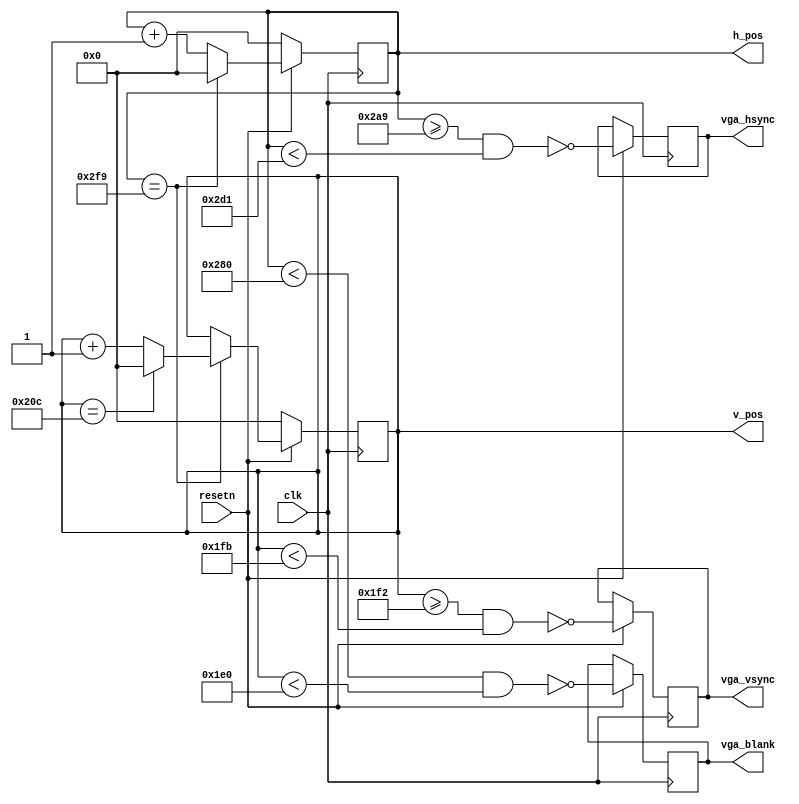
module vga_video (input clk,
              input resetn,
              output reg vga_hsync,
              output reg vga_vsync,
              output reg vga_blank,
              output reg [9:0] h_pos,
              output reg [9:0] v_pos
);
              
            
parameter h_visible = 10'd640;
parameter h_front = 10'd41;
parameter h_sync = 10'd40;
parameter h_back = 10'd41;
parameter h_total = h_visible + h_front + h_sync + h_back;

parameter v_visible = 10'd480;
parameter v_front = 10'd18;
parameter v_sync = 10'd9;
parameter v_back = 10'd18;
parameter v_total = v_visible + v_front + v_sync + v_back;

wire h_active, v_active, visible;

always @(posedge clk) 
begin
  if (resetn == 0) begin
    h_pos <= 10'b0;
    v_pos <= 10'b0;

  end else begin
    //Pixel counters
    if (h_pos == h_total - 1) begin
      h_pos <= 0;
      if (v_pos == v_total - 1) begin
        v_pos <= 0;
      end else begin
        v_pos <= v_pos + 1;
      end
    end else begin
      h_pos <= h_pos + 1;
    end
    vga_blank <= !visible;
    vga_hsync <= !((h_pos >= (h_visible + h_front)) && (h_pos < (h_visible + h_front + h_sync)));
    vga_vsync <= !((v_pos >= (v_visible + v_front)) && (v_pos < (v_visible + v_front + v_sync)));
  end
end

assign h_active = (h_pos < h_visible);
assign v_active = (v_pos < v_visible);
assign visible = h_active && v_active;

endmodule